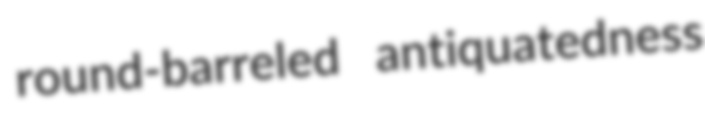
round-barreled antiquatedness